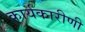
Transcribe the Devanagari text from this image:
कार्यकारीणी